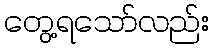
တွေ့ရသော်လည်း